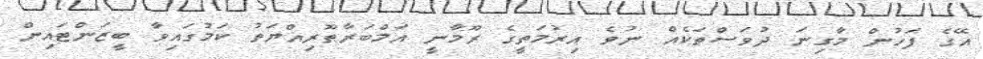
އޭގެ ފަހުން މާގިނަ ދުވަސްތަކެއް ނުވެ އިރުމަތީގެ ރޫމާނީ އަމްބަރާޠޫރިއްޔަތު ކަމުގައިވާ ބީޒަންޓައިން